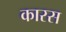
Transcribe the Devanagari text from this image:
कारस